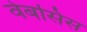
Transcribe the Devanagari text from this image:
वेबसिस